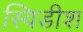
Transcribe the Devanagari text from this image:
स्विडीश